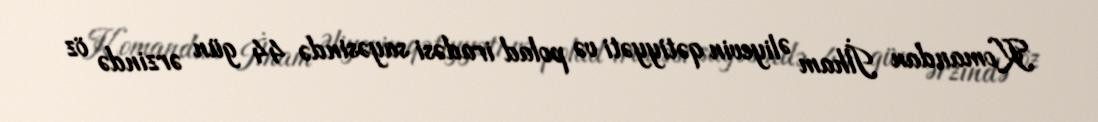
Komandan İlham Əliyevin qətiyyəti və polad iradəsi sayəsində 44 gün ərzində öz